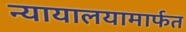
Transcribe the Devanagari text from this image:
न्यायालयामार्फत